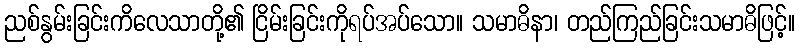
ညစ်နွမ်းခြင်းကိလေသာတို့၏ ငြိမ်းခြင်းကိုရပ်အပ်သော။ သမာဓိနာ၊ တည်ကြည်ခြင်းသမာဓိဖြင့်။